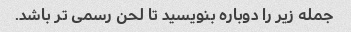
جمله زیر را دوباره بنویسید تا لحن رسمی تر باشد.